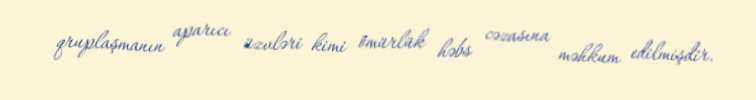
qruplaşmanın aparıcı üzvləri kimi ömürlük həbs cəzasına məhkum edilmişdir.